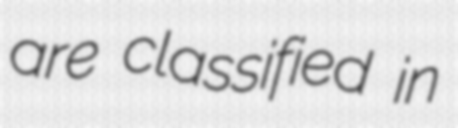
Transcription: are classified in